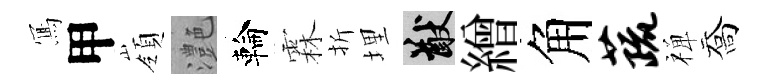
𭂁甲嶺灔輪霖折埋猷繒角蔬禅喬